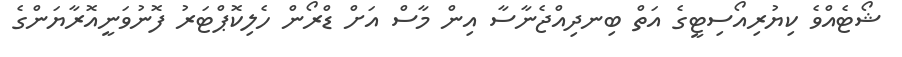
ޝޯޓެއްވެ ކިޔުރިއޯސިޓީގެ އަތް ބިނދިއްޖެނާސާ އިން މާސް އަށް ޑްރޯން ހެލިކޮޕްޓަރު ފޮނުވަނީއޮރާޔަންގެ